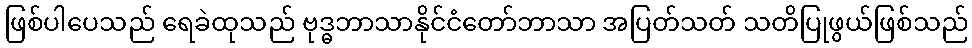
ဖြစ်ပါပေသည် ရေခဲထုသည် ဗုဒ္ဓဘာသာနိုင်ငံတော်ဘာသာ အပြတ်သတ် သတိပြုဖွယ်ဖြစ်သည်